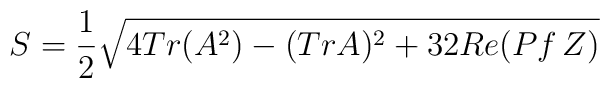
S= {1\over 2} \sqrt{4 Tr (A^2) - ( Tr A)^2 + 32 Re (Pf \,Z) }